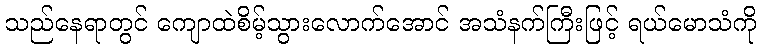
သည်နေရာတွင် ကျောထဲစိမ့်သွားလောက်အောင် အသံနက်ကြီးဖြင့် ရယ်မောသံကို